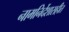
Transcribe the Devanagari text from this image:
नामनिर्देशासहीत